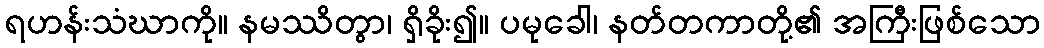
ရဟန်းသံဃာကို။ နမဿိတွာ၊ ရှိခိုး၍။ ပမုခေါ၊ နတ်တကာတို့၏ အကြီးဖြစ်သော